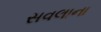
સવલાના